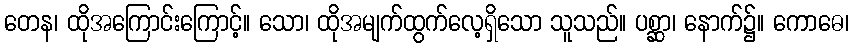
တေန၊ ထိုအကြောင်းကြောင့်။ သော၊ ထိုအမျက်ထွက်လေ့ရှိသော သူသည်။ ပစ္ဆာ၊ နောက်၌။ ကောဓေ၊